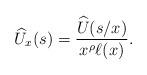
LaTeX: \begin{align*}\widehat U_x(s) = \frac{\widehat U(s/x)}{x^{\rho} \ell(x) }.\end{align*}